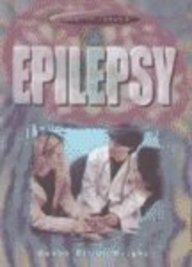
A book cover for Epilepsy (Health Issues); Sarah Lennard-Brown; Health, Fitness & Dieting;